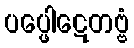
ပပ္ဖေါဋေတဗ္ဗံ